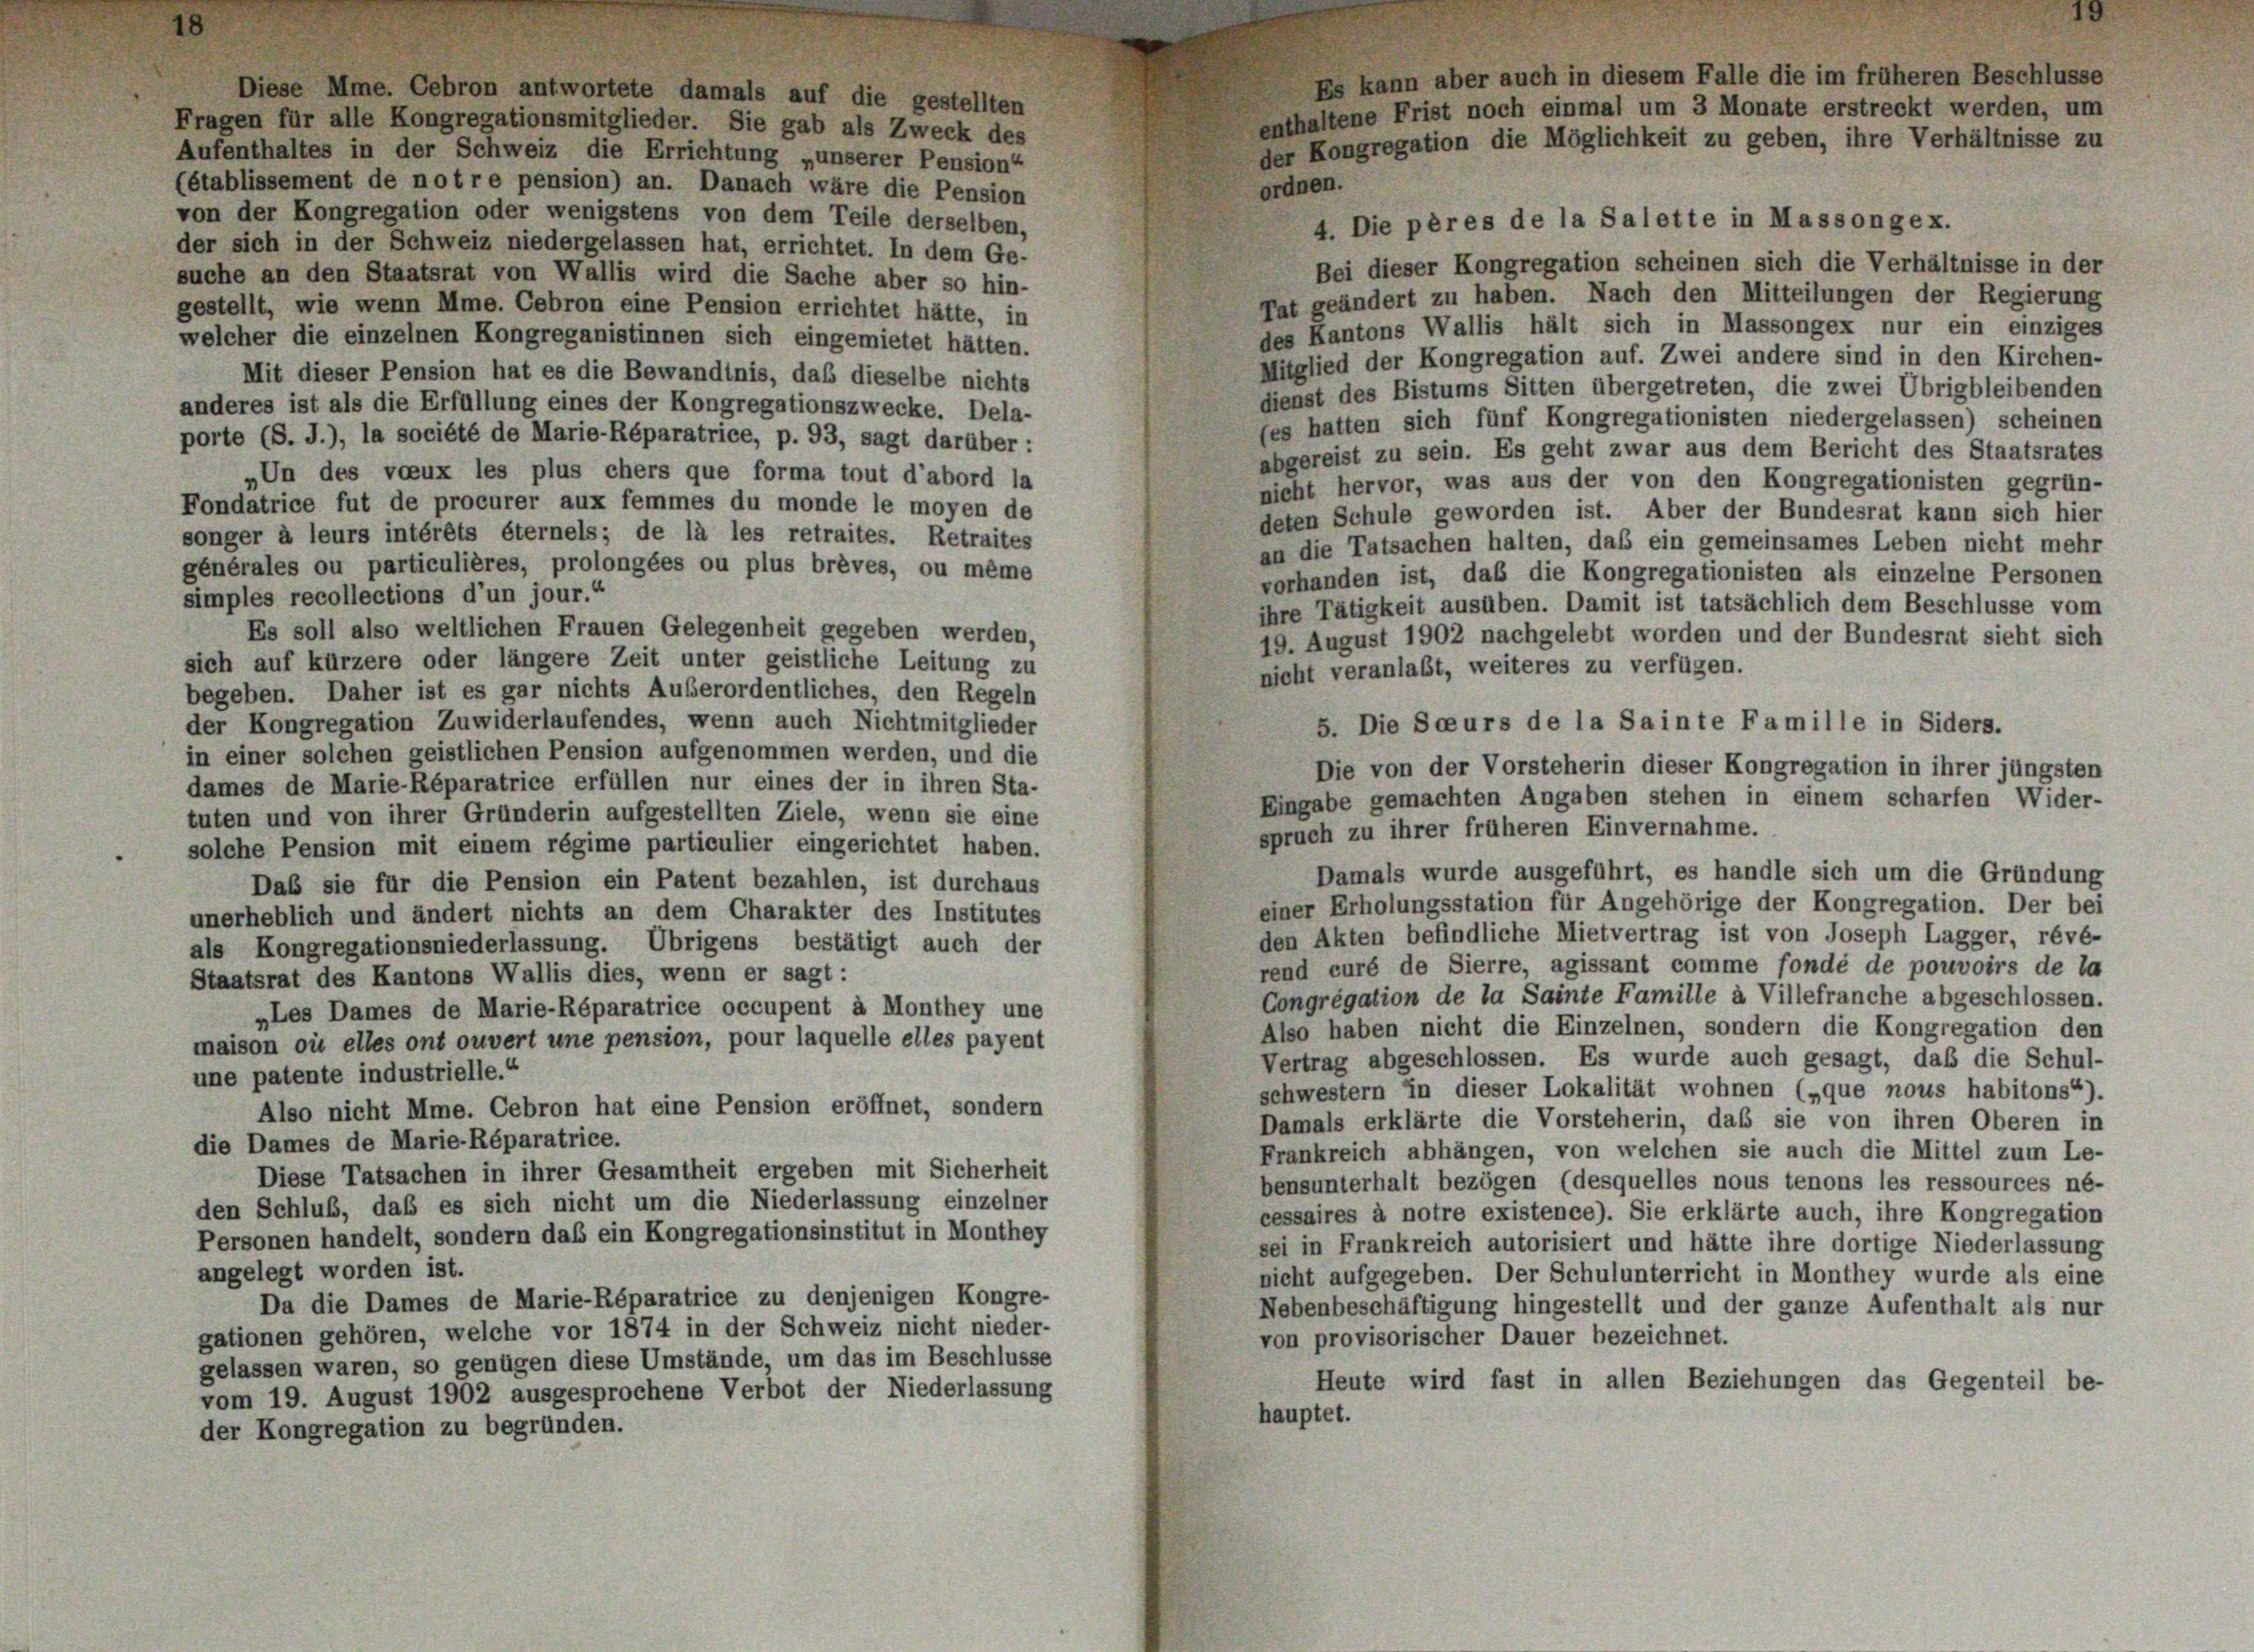
’s auf die gestellten

Fragen für alle Kongregationsmitglieder. Sie gab als Zweck des
Aufenthaltes in der Schweiz die Errichtung „unserer Pension“
(établissement de notre pension) an. Danach wäre die Pension
ordnen.
von der Kongregation oder wenigstens von dem Teile derselben,
der sich in der Schweiz niedergelassen hat, errichtet. In dem Ge-
suche an den Staatsrat von Wallis wird die Sache aber so hin-
Tat geändert zu haben. Nach den Mitteilungen der Regierung
gestellt, wie wenn Mme. Cebron eine Pension errichtet hätte, in
des Kantons Wallis hält sich in Massongex nur ein einziges
welcher die einzelnen Kongreganistinnen sich eingemietet hätten.
Mitglied der Kongregation auf. Zwei andere sind in den Kirchen-
Mit dieser Pension hat es die Bewandtnis, daß dieselbe nichts
dienst des Bistums Sitten übergetreten, die zwei Übrigbleibenden
anderes ist als die Erfüllung eines der Kongregationszwecke. Dela-
(es hatten sich fünf Kongregationisten niedergelassen) scheinen
porte (S. J.), la société de Marie-Réparatrice, p. 93, sagt darüber :
abgereist zu sein. Es geht zwar aus dem Bericht des Staatsrates
„Un des voeux les plus chers que forma tout d’abord la
nicht hervor, was aus der von den Kongregationisten gegrün-
Fondatrice fut de procurer aux femmes du monde le moyen de
deten Schule geworden ist. Aber der Bundesrat kann sich hier
songer à leurs intérêts éternels; de la les retraites. Retraites
an die Tatsachen halten, daß ein gemeinsames Leben nicht mehr
générales ou particulières, prolongées ou plus brèves, ou même
vorhanden ist, daß die Kongregationisten als einzelne Personen
simples recollections d’un jour.“
ihre Tätigkeit ausüben. Damit ist tatsächlich dem Beschlüsse vom
Es soll also weltlichen Frauen Gelegenheit gegeben werden,
19. August 1902 nachgelebt worden und der Bundesrat sieht sich
sich auf kürzere oder längere Zeit unter geistliche Leitung zu
nicht veranlaßt, weiteres zu verfügen.
begeben. Daher ist es gar nichts Außerordentliches, den Regeln
der Kongregation Zuwiderlaufendes, wenn auch Nichtmitglieder
in einer solchen geistlichen Pension aufgenommen werden, und die
dames de Marie-Réparatrice erfüllen nur eines der in ihren Sta-
Eingabe gemachten Angaben stehen in einem scharfen Wider-
tuten und von ihrer Gründerin aufgestellten Ziele, wenn sie eine
spruch zu ihrer früheren Einvernahme.
solche Pension mit einem régime particulier eingerichtet haben.
Damals wurde ausgeführt, es handle sich um die Gründung
Das sie für die Pension ein Patent bezahlen, ist durchaus
einer Erholungsstation für Angehörige der Kongregation. Der bei
unerheblich und ändert nichts an dem Charakter des Institutes
den Akten befindliche Mietvertrag ist von Joseph Lagger, révé-
als Kongregationsniederlassung. Übrigens bestätigt auch der
rend curé de Sierre, agissant comme fondé de pouvoirs de la
Staatsrat des Kantons Wallis dies, wenn er sagt:
Congregation de la Sainte Famille à Villefranche abgeschlossen.
„Les Dames de Marie-Réparatrice occupent à Monthey une
Also haben nicht die Einzelnen, sondern die Kongregation den
maison où elles ont ouvert une pension, pour laquelle elles payent
Vertrag abgeschlossen. Es wurde auch gesagt, daß die Schul-
une patente industrielle.“
schwestern in dieser Lokalität wohnen („que nous habitons“).
Also nicht Mme. Cebron hat eine Pension eröffnet, sondern
Damals erklärte die Vorsteherin, daß sie von ihren Oberen in
die Dames de Marie-Réparatrice.
Frankreich abhängen, von welchen sie auch die Mittel zum Le-
Diese Tatsachen in ihrer Gesamtheit ergeben mit Sicherheit
bensunterhalt bezögen (desquelles nous tenons les ressources né-
den Schluß, daß es sich nicht um die Niederlassung einzelner
cessaires à notre existence). Sie erklärte auch, ihre Kongregation
Personen handelt, sondern das ein Kongregationsinstitut in Monthey
sei in Frankreich autorisiert und hätte ihre dortige Niederlassung
angelegt worden ist.
nicht aufgegeben. Der Schulunterricht in Monthey wurde als eine
Da die Dames de Marie-Réparatrice zu denjenigen Kongre-
Nebenbeschäftigung hingestellt und der ganze Aufenthalt als nur
gationen gehören, welche vor 1874 in der Schweiz nicht nieder-
von provisorischer Dauer bezeichnet.
gelassen waren, so genügen diese Umstände, um das im Beschlüsse
Heute wird fast in allen Beziehungen das Gegenteil be-
vom 19. August 1902 ausgesprochene Verbot der Niederlassung
hauptet.
der Kongregation zu begründen.

Es kann aber auch in diesem Falle die im früheren Beschlüsse
enthaltene Frist noch einmal um 3 Monate erstreckt werden, um
der Kongregation die Möglichkeit zu geben, ihre Verhältnisse zu

Bei dieser Kongregation scheinen sich die Verhältnisse in der

5. Die Seeurs de la Sainte Famille in Siders.
Die von der Vorsteherin dieser Kongregation in ihrer jüngsten

4. Die pères de la Salette in Masson gex.